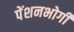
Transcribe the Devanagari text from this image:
पेंशनभोगी